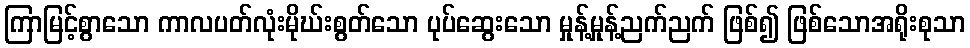
ကြာမြင့်စွာသော ကာလပတ်လုံးမိုဃ်းစွတ်သော ပုပ်ဆွေးသော မှုန့်မှုန့်ညက်ညက် ဖြစ်၍ ဖြစ်သောအရိုးစုသာ